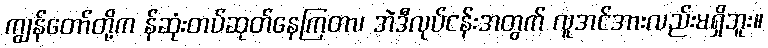
ကျွန်တော်တို့က န်ဆုံးတပ်ဆုတ်နေကြတာ၊ အဲဒီလုပ်ငန်းအတွက် လူအင်အားလည်းမရှိဘူး။